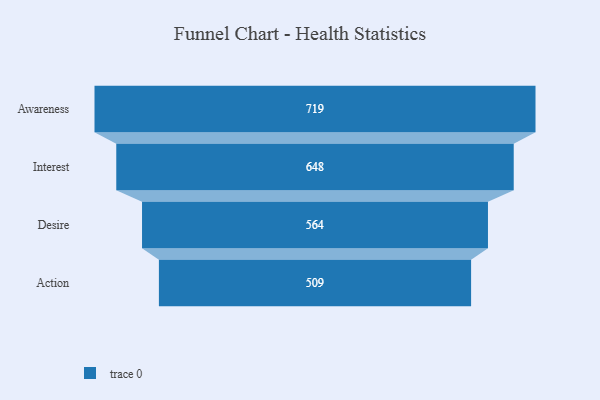
{"axis": {"x": "Stage", "y": "Value"}, "legend": [""], "data": [{"x": "Awareness", "y": 719.0, "type": ""}, {"x": "Interest", "y": 648.0, "type": ""}, {"x": "Desire", "y": 564.0, "type": ""}, {"x": "Action", "y": 509.0, "type": ""}]}